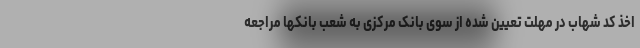
اخذ کد شهاب در مهلت تعیین شده از سوی بانک مرکزی به شعب بانکها مراجعه